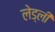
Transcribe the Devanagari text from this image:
लेड्ली